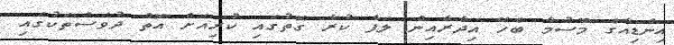
އިންޑިއާގެ މޫސުމާ ބެހޭ އިދާރާއިން ލަފާ ކުރާ ގޮތުގައި ކުރިއަށް އޮތް ދުވަސްތަކުގައި